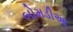
બોમડીઆ